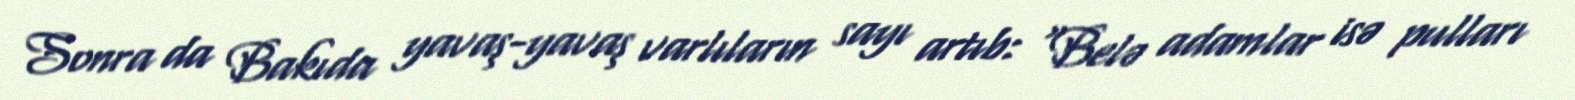
Sonra da Bakıda yavaş-yavaş varlıların sayı artıb: “Belə adamlar isə pulları